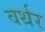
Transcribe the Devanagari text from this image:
वर्थर